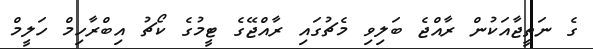
ގެ ނަތީޖާއަކުން ރާއްޖެ ބަލިވި މެޗުގައި ރާއްޖޭގެ ޓީމުގެ ކޯޗު އިބްރާހިމް ހަލީމް